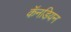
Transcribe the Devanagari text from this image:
कॅनडियन